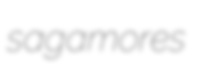
sagamores